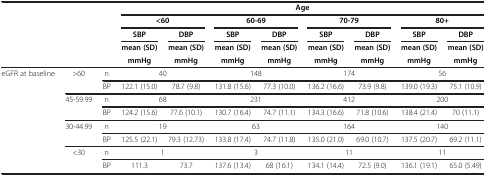
|  |  |  | <COLSPAN=8> Age |
 |  |  |  | <COLSPAN=2> <60 | <COLSPAN=2> 60-69 | <COLSPAN=2> 70-79 | <COLSPAN=2> 80+ |
 |  |  |  | SBP | DBP | SBP | DBP | SBP | DBP | SBP | DBP |
 |  |  |  | mean (SD) | mean (SD) | mean (SD) | mean (SD) | mean (SD) | mean (SD) | mean (SD) | mean (SD) |
 |  |  |  | mmHg | mmHg | mmHg | mmHg | mmHg | mmHg | mmHg | mmHg |
 | --- | --- | --- | --- | --- | --- | --- | --- | --- | --- | --- |
 | eGFR at baseline | >60 | n | <COLSPAN=2> 40 | <COLSPAN=2> 148 | <COLSPAN=2> 174 | <COLSPAN=2> 56 |
 |  |  | BP | 122.1 (15.0) | 78.7 (9.8) | 131.8 (15.6) | 77.3 (10.0) | 136.2 (16.6) | 73.9 (9.8) | 139.0 (19.3) | 75.1 (10.9) |
 |  | 45-59.99 | n | <COLSPAN=2> 68 | <COLSPAN=2> 231 | <COLSPAN=2> 412 | <COLSPAN=2> 200 |
 |  |  | BP | 124.2 (15.6) | 77.6 (10.1) | 130.7 (16.4) | 74.7 (11.1) | 134.3 (16.6) | 71.8 (10.6) | 138.4 (21.4) | 70 (11.1) |
 |  | 30-44.99 | n | <COLSPAN=2> 19 | <COLSPAN=2> 63 | <COLSPAN=2> 164 | <COLSPAN=2> 140 |
 |  |  | BP | 125.5 (22.1) | 79.3 (12.73) | 133.8 (17.4) | 74.7 (11.8) | 135.0 (21.0) | 69.0 (10.7) | 137.5 (20.7) | 69.2 (11.1) |
 |  | <30 | n | <COLSPAN=2> 1 | <COLSPAN=2> 3 | <COLSPAN=2> 11 | <COLSPAN=2> 11 |
 |  |  | BP | 111.3 | 73.7 | 137.6 (13.4) | 68 (16.1) | 134.1 (14.4) | 72.5 (9.0) | 136.1 (19.1) | 65.0 (5.49) |